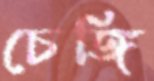
চেঙ্গি